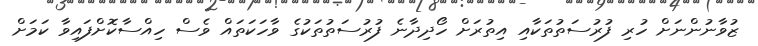
ޒުވާނުންނަށް ހުރި ފުރުސަތުތަކާއި އިތުރަށް ހޯދިދާނެ ފުރުސަތުތަކުގެ ވާހަކަތައް ވެސް ހިއްސާކޮށްފައިވާ ކަމަށް